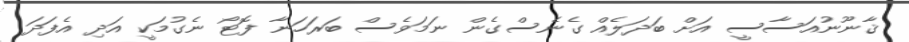
ޤާނޫނުއަސާސީ އަށް ބަދަލެއް ގެނެސްގެން ނަމަވެސް ބަރަހަނާ ފޮޓޯ ނެގުމަކީ އަދި އެފަދަ